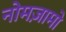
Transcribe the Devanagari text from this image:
नोमज़ामो